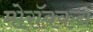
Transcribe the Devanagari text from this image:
मोरॉक्कन